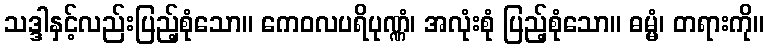
သဒ္ဒါနှင့်လည်းပြည့်စုံသော။ ကေဝလပရိပုဏ္ဏံ၊ အလုံးစုံ ပြည့်စုံသော။ ဓမ္မံ၊ တရားကို။